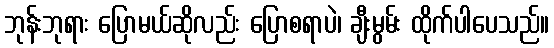
ဘုန်းဘုရား ပြောမယ်ဆိုလည်း ပြောစရာပဲ၊ ချီးမွမ်း ထိုက်ပါပေသည်။